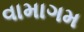
વામાગમ